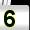
Digit: 5